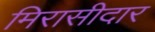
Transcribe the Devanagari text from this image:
मिरासीदार